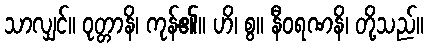
သာလျှင်။ ဝုတ္တာနိ၊ ကုန်၏။ ဟိ၊ စွ။ နီဝရဏနိ၊ တို့သည်။